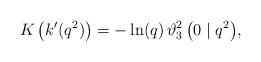
LaTeX: \begin{align*} K\left(k'(q^{2})\right)=-\ln(q)\, \vartheta_{3}^{2}\left(0 \mid q^{2}\right)\!, \end{align*}